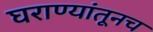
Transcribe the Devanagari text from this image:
घराण्यांतूनच